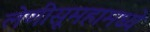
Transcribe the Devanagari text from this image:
लेणीसूमहामध्ये